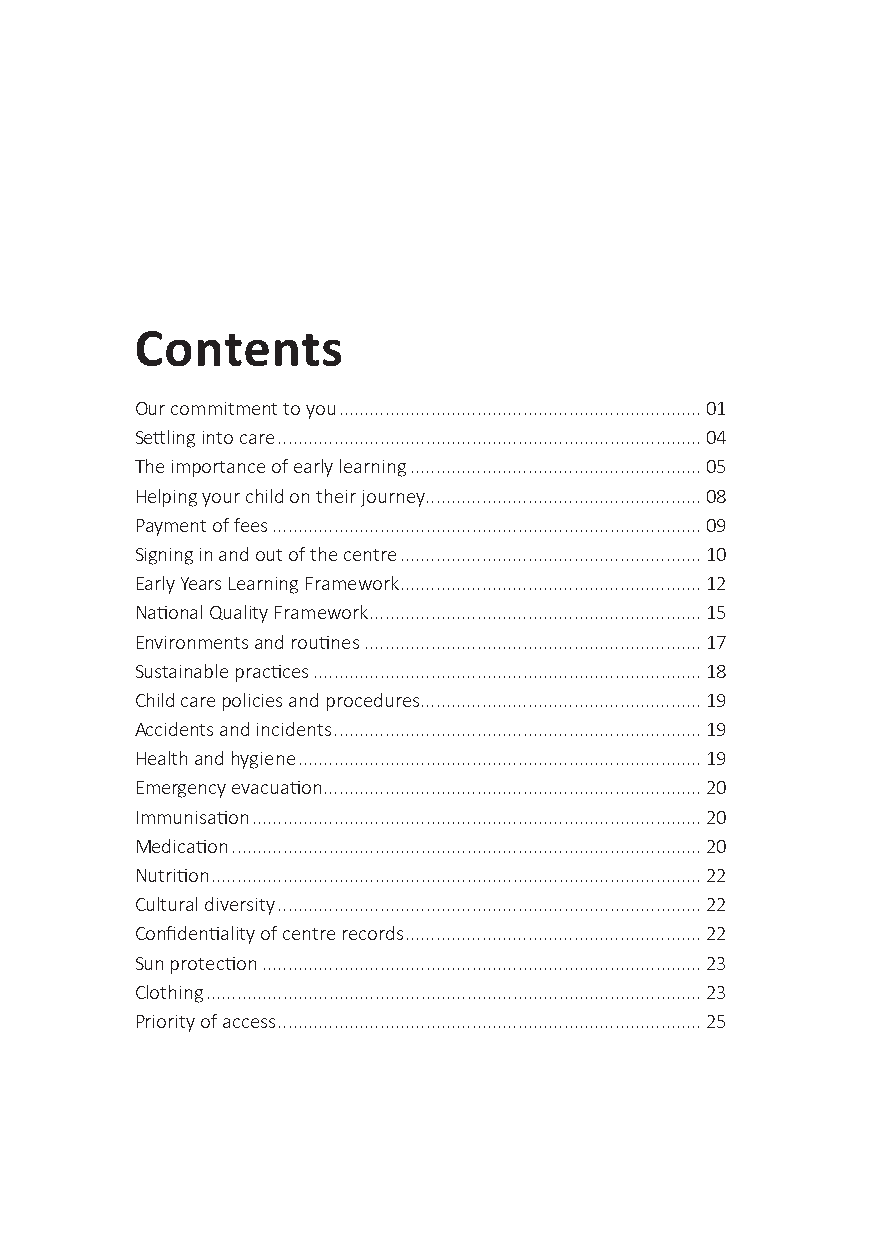
Contents
 Our commitment to you .......................................................................01
 Settling into care ...................................................................................04
 The importance of early learning .........................................................05
 Helping your child on their journey ......................................................08
 Payment of fees ....................................................................................09
 Signing in and out of the centre ...........................................................10
 Early Years Learning Framework ...........................................................12
 National Quality Framework .................................................................15
 Environments and routines ..................................................................17
 Sustainable practices ............................................................................18
 Child care policies and procedures .......................................................19
 Accidents and incidents ........................................................................19
 Health and hygiene ...............................................................................19
 Emergency evacuation ..........................................................................20
 Immunisation ........................................................................................20
 Medication ............................................................................................20
 Nutrition ................................................................................................22
 Cultural diversity ...................................................................................22
 Confidentiality of centre records ..........................................................22
 Sun protection ......................................................................................23
 Clothing .................................................................................................23
 Priority of access ...................................................................................25